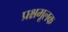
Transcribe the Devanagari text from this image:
प्रश्नमूलक